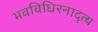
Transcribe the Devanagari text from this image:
भवविधिरनादृत्य